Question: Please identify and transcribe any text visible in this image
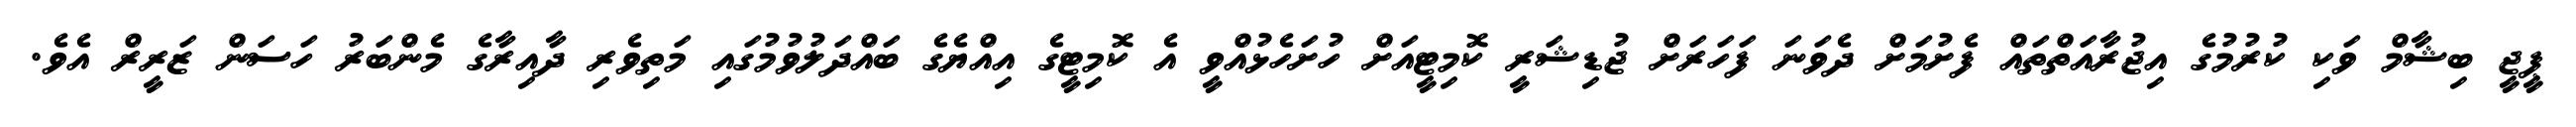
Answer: ޕީޖީ ބިޝާމް ވަކި ކުރުމުގެ އިޖުރާއަތްތައް ފެށުމަށް ދެވަނަ ފަހަރަށް ޖުޑިޝަރީ ކޮމިޓީއަށް ހުށަހެޅުއްވީ އެ ކޮމިޓީގެ އިއްޔެގެ ބައްދަލުވުމުގައި މަތިވެރި ދާއިރާގެ މެންބަރު ހަސަން ޒަރީރް އެވެ.